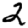
Digit: 2